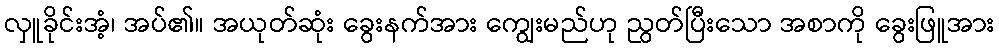
လှူခိုင်းအံ့၊ အပ်၏။ အယုတ်ဆုံး ခွေးနက်အား ကျွေးမည်ဟု ညွတ်ပြီးသော အစာကို ခွေးဖြူအား